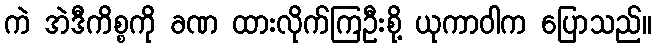
ကဲ အဲဒီကိစ္စကို ခဏ ထားလိုက်ကြဦးစို့ ယုကာဝါက ပြောသည်။